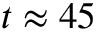
t \approx 4 5